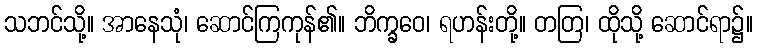
သဘင်သို့။ အာနေသုံ၊ ဆောင်ကြကုန်၏။ ဘိက္ခဝေ၊ ရဟန်းတို့။ တတြ၊ ထိုသို့ ဆောင်ရာ၌။